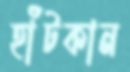
হাঁটকান